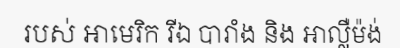
របស់ អាមេរិក រីឯ បារាំង និង អាល្លឺម៉ង់